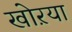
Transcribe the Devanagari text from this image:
खोऱया